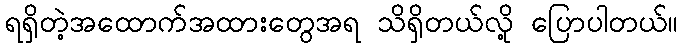
ရရှိတဲ့အထောက်အထားတွေအရ သိရှိတယ်လို့ ပြောပါတယ်။